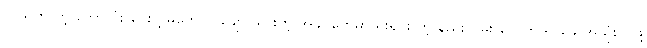
လွယ်ကူ တဲ့ ဘောလုံး ပေးပို့ မှုတွေ လွဲချော် သွားတဲ့ အခါ တွေမှာ ရိုးရှင်း တဲ့ နည်းလမ်း တွေကို ရှာဖွေ အသုံး ပြုဖို့